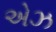
એઝ